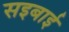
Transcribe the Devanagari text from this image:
सइबाई